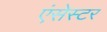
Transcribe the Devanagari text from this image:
एंसेस्टर